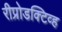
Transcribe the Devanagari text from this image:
रीप्रोडक्टिव्ह